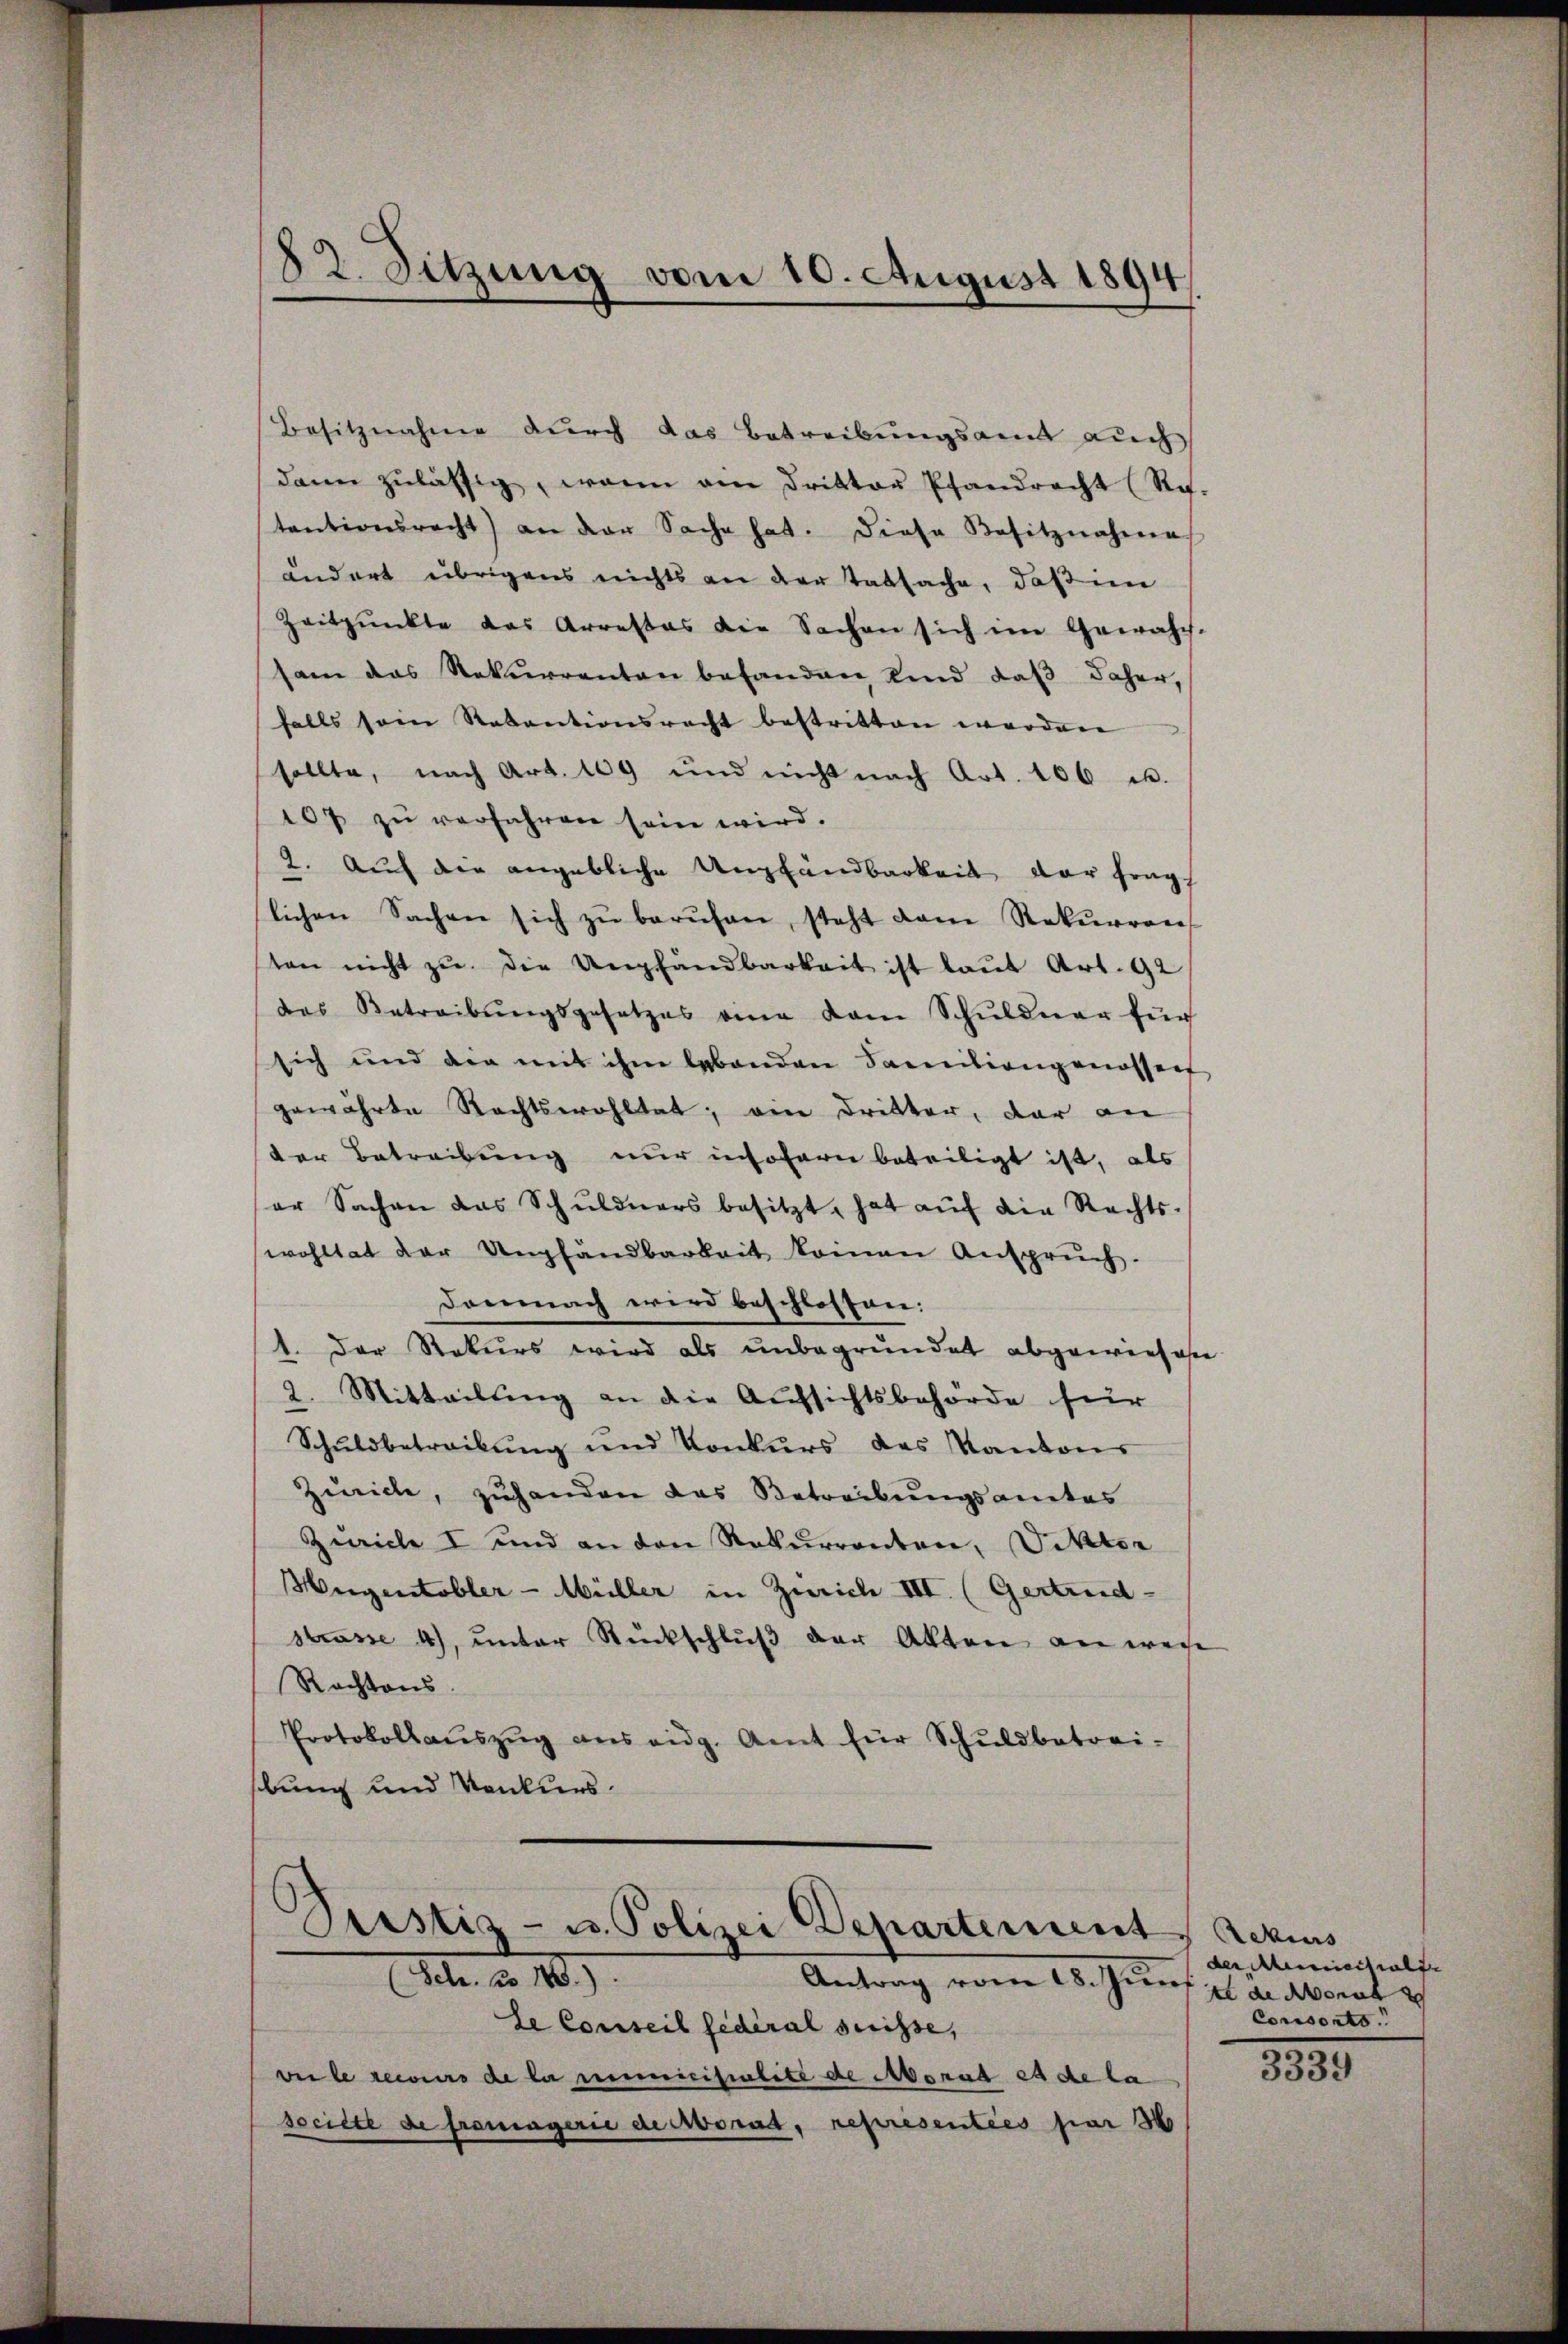
82. Sitzung vom 10. August 1894

Besitznahme durch das Betreibungsamt auch
dann zulässig, wenn am Dritter Pfandrecht (Re.
tentionsrecht) an der Sache hat. Diese Besitznahme
ändert übrigens nichts an der Tatsache, daß im
Zeitpunkte das Arrestas die Sachen sich im Gewasch-
sam das Rekurrenten befanden Kind daβ daher,
falls sein Revantionsrecht bestritten werden
sollte, nach Art. 109 und nicht nach Art. 106 u.
107 zu verfahren sein wird.
2. Auf die angebliche Unglandbarkeit der frag
lichen Sachen sich zŭ berŭfen, steht dem Rekŭrren,
ten nicht zŭ die Unpfandbarkeit ist laut Art. 92
des Betreibŭngsgesetzes eine kam Schŭldner für
sich und die mit ihm lebenden Familiengenossens
gewährte Rechtswohltat, ein Dritter, der an
der Betreibung nur insofern beteiligt ist, als
er Sachen das Schŭldners besitzt, hat aŭf die Rechts-
wohltat der Umpfandbarkeit keinen Ansprŭch.
Demnach wird beschlossen:
1. Der Rekurs wird als unbegründet abgewiesen
2. Mitteilung an die Aufsichtsbehörde für
Schŭldbetreibŭng und Konkŭrs das Kantons
Zürich, zuhanden das Betreibungsamtes
Zürich I und an den Rekurrenten, Viktor
Hiegentobler-Müller in Zürich III. (Gertrud
strasse 4), unter Rückschlŭβ der Akten an wei
Rechtens.
Protokollaŭszŭg ans eidg. Amt für Schŭldbatori-
bung und Konkurs¬

Justiz- u. Polizei Departement
Sch. 2. 10).
Antrag vom 18. Juni d. Monat

de Conseil fédéral suisse,
ve le recours de la mimicisialité de Monat es de la
societe de franingerie decorat, representies par 36

Ackurs
der Minischolte
Consorts.
.
3339